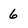
Character: 6